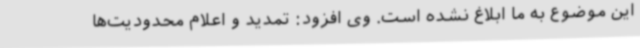
این موضوع به ما ابلاغ نشده است. وی افزود: تمدید و اعلام محدودیت‌ها